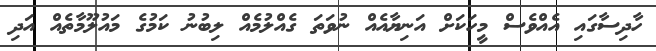
ހާދިސާގައި އެއްވެސް މީހަކަށް އަނިޔާއެއް ނުވަތަ ގެއްލުމެއް ލިބުނު ކަމުގެ މައުލޫމާތެއް އަދި